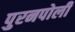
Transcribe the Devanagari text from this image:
पुरनपोली